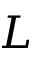
L